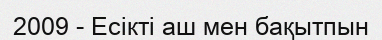
2009 - Есікті аш мен бақытпын